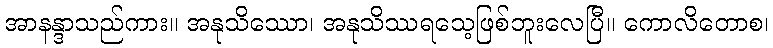
အာနန္ဒာသည်ကား။ အနုသိဿော၊ အနုသိဿရသေ့ဖြစ်ဘူးလေပြီ။ ကောလိတောစ၊